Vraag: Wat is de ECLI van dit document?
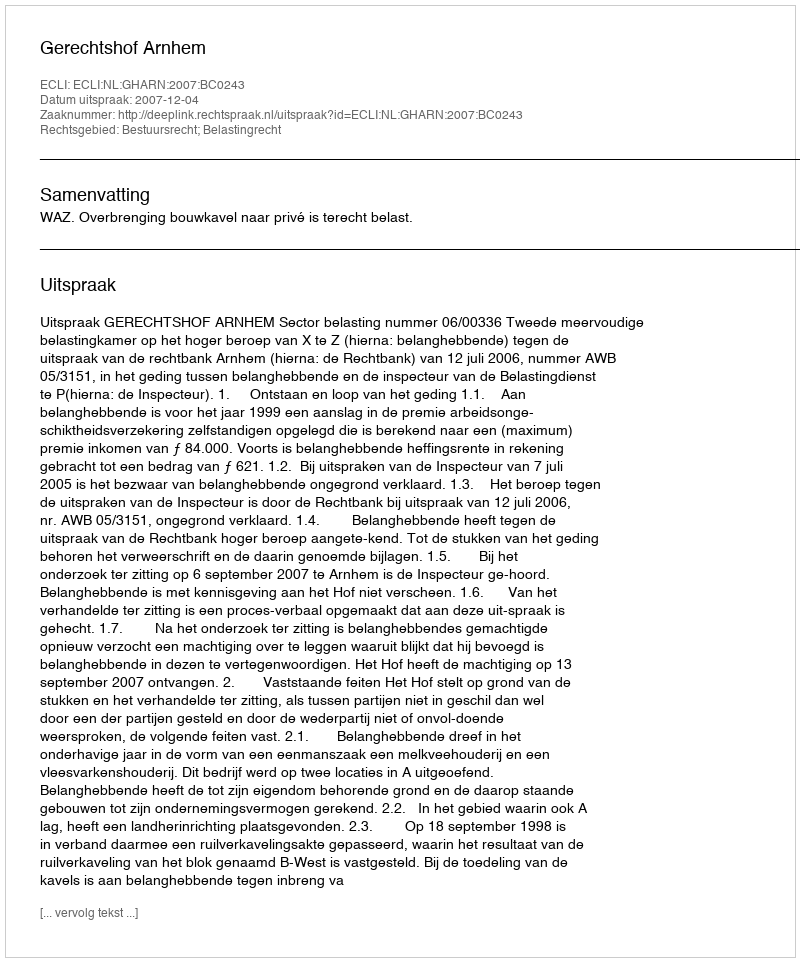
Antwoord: ECLI:NL:GHARN:2007:BC0243